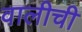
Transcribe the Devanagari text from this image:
वालीची